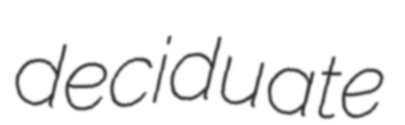
deciduate